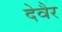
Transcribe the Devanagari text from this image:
देवैर